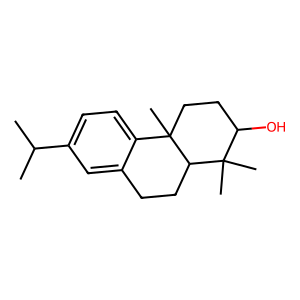
SMILES: CC(C)c1ccc2c(c1)CCC1C2(C)CCC(O)C1(C)C
Inhibits HIV replication: No